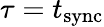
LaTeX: \tau=t_{\mathrm{sync}}